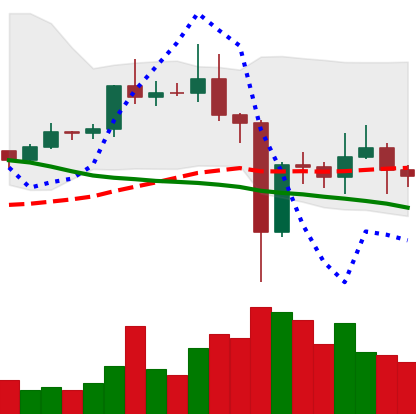
Ticker: EOS-USD
Chart end date: 2020-12-30
Forward return: 7.678%
Label: up_7plus